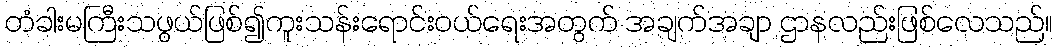
တံခါးမကြီးသဖွယ်ဖြစ်၍ကူးသန်းရောင်းဝယ်ရေးအတွက် အချက်အချာ ဌာနလည်းဖြစ်လေသည်။